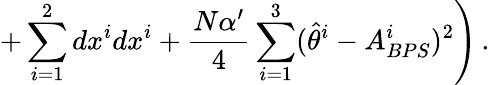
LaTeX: \left.+\sum_{i=1}^{2}dx^{i}dx^{i}+\frac{N\alpha^{\prime}}{4}\sum_{i=1}^{3}(\hat{\theta}^{i}-A_{BPS}^{i})^{2}\right)\, .